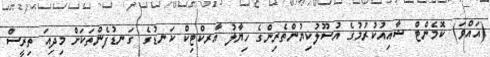
(އައްވަ) ކޮމެންޓް ޝާއިއުކުރުމުގެ އުސޫލުކިޔުންތެރިންގެ ހިޔާލު އާރކްޓިކް ކަނޑުގެ ގަނޑުފެންތަކަށް މިދިއަ ތިރީސް